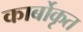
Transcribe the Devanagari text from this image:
कार्बोकृत